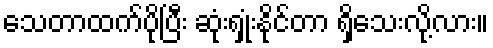
သေတာထက်ပိုပြီး ဆုံးရှုံးနိုင်တာ ရှိသေးလို့လား။